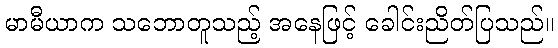
မာမီယာက သဘောတူသည့် အနေဖြင့် ခေါင်းညိတ်ပြသည်။